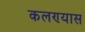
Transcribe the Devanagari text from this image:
कलण्यास